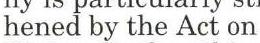
hened by the Act on